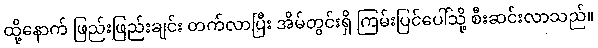
ထို့နောက် ဖြည်းဖြည်းချင်း တက်လာပြီး အိမ်တွင်းရှိ ကြမ်းပြင်ပေါ်သို့ စီးဆင်းလာသည်။